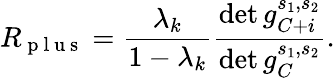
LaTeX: R_{\mathrm{~p~l~u~s~}}=\frac{\lambda_{k}}{1-\lambda_{k}}\frac{\operatorname*{det}g_{C+i}^{s_{1},s_{2}}}{\operatorname*{det}g_{C}^{s_{1},s_{2}}}.